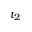
t _ { 2 }